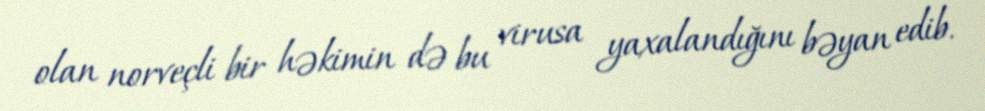
olan norveçli bir həkimin də bu virusa yaxalandığını bəyan edib.